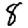
Digit: 8